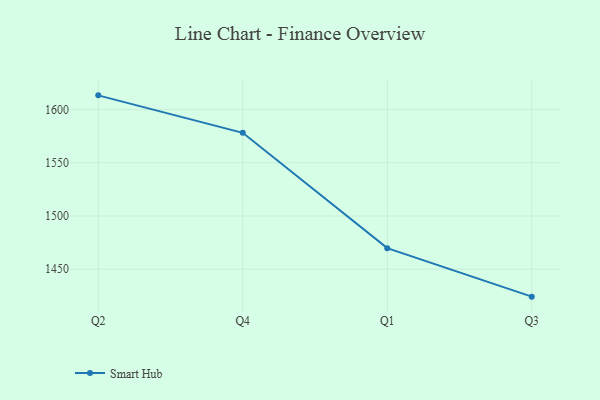
{"axis": {"x": "Quarter", "y": "Tickets Resolved"}, "legend": ["Smart Hub"], "data": [{"x": "Q2", "y": 1613.4, "type": "Smart Hub"}, {"x": "Q4", "y": 1578.2, "type": "Smart Hub"}, {"x": "Q1", "y": 1469.8, "type": "Smart Hub"}, {"x": "Q3", "y": 1424.2, "type": "Smart Hub"}]}